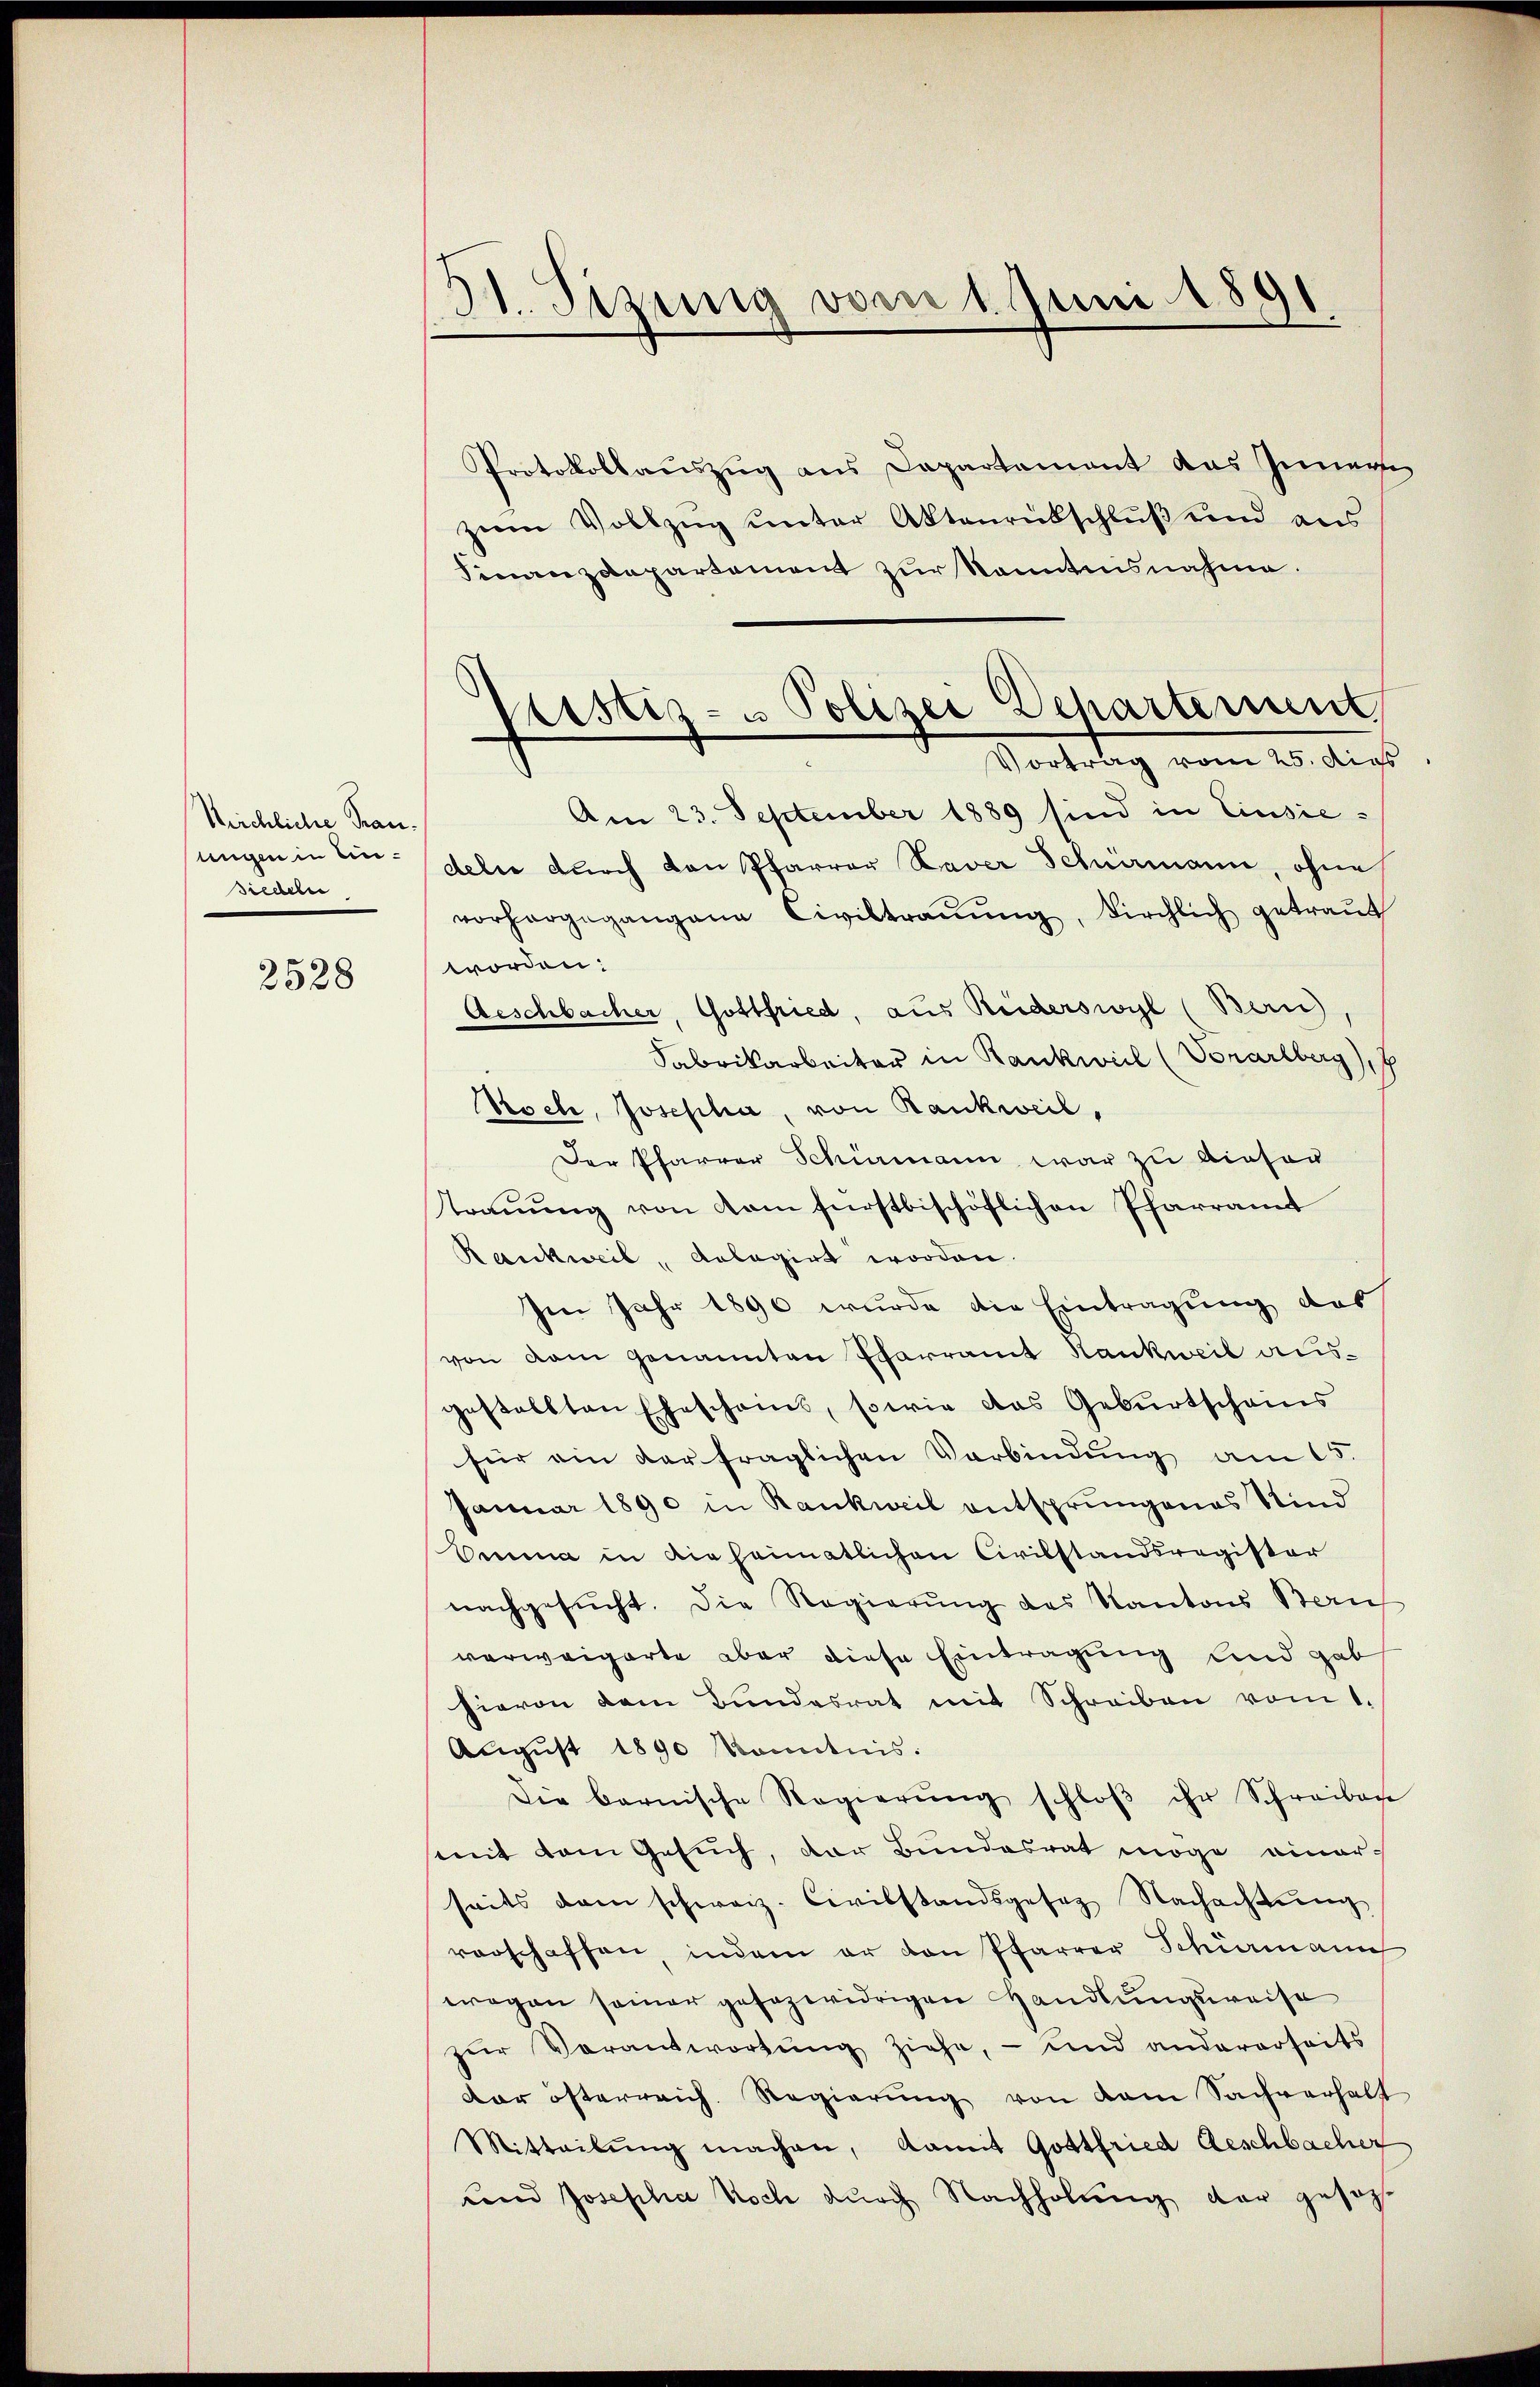
Michliche Trauungen in Ein¬
Siedeln

2528

31. Sizung vom 1. Juni 1891

Protokollauszug aus Departement das Innerse
zum Vollzug unter Aktenrübschluß und aus
Finanzdepartement zur Kenntnisnahme.
Am 23. September 1889 sind in Einsiedeln durch von Pfarrer Xaver Schnemann, ohne
vorhergegangene Civiltraŭŭng, Kirchlich getraut
worden:
Geschbacher, Gottfried, aus Reiderswyl (Bern,
Fabrikarbeiter in Rankweil (Vorarlberg), 7
Stocke, Josepha, von Rankweil,
Der Pfarrer Schirmann war zu dieser
trauung von vom fürstbischöflichen Pfarramt
Rankweil, Anlagirt worden.
Ien Jahr 1890 wurde die Eintragung des
von dem genannten Pfarramt Hankweil ausgestellten Ehescheins, sowie das Geburtscheins
für ein der fraglichen Verbindŭng am 15.
Januar 1890 in Rankweil entsprungenes Kind
Emma in die heimatlichen Civilstandsregister
nachgesucht. Die Regierung des Kantons Bern
verweigerte aber diese Eintragung und gab
hievon dem Bundesrat mit Schreiben vom 1.
August 1890 kanntnis:
Die barnische Regierŭng schloβ ihr Schreiben
mit dem Gesuch, der Bundesrat möge einer
seits dem schweiz. Civilstandsgesez Nachachtung
vorschaffen, indem er den Pfarrer Schiermann
wegen seiner gesezwidrigen Handlungsweise
zŭr Verantwortung ziehe, – und andererseits
dor österreich. Regierŭng von dem Sachverhalt
Mitteilŭng machen, damit Gottfried Geschlacher
und Josepha Noch durch Nachholung der gesagt

Pistiz- & Polizei Departement,
Vortrag vom 25. dies